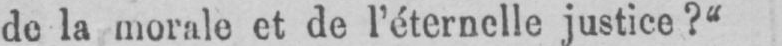
de la morale et de l’éternelle justice?“